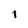
Character: 1